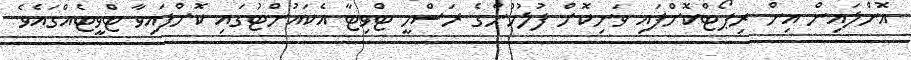
އޮންލައިން އިން ރިޕޯޓްކޮށްފައި ވަނިކޮށް ފުލުހުންގެ ރަސްމީ ޓްވިޓާ އެކައުންޓުގައި ކޮށްފައިވާ ޓްވީޓެއްގައެވެ.